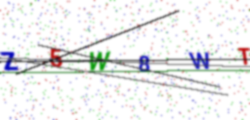
Text: Z5W8WT